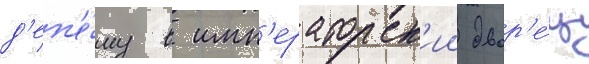
д'еп'е́шу в имп'ераторск'ии двор'е́ц